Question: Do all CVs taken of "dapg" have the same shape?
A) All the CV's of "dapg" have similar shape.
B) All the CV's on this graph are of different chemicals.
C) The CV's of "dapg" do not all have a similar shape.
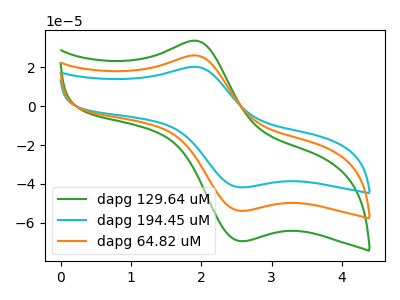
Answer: <think>The green curve "dapg 129.64 uM" has an anodic peak at (1.90V, 33.80uA) and a cathodic peak at (2.55V, -69.55uA). The cyan curve "dapg 194.45 uM" has an anodic peak at (1.90V, 52.40uA) and a cathodic peak at (2.55V, -107.90uA). The orange curve "dapg 64.82 uM" has an anodic peak at (1.90V, 26.20uA) and a cathodic peak at (2.55V, -53.95uA).
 All the peaks in "dapg 129.64 uM" have a peak in "dapg 194.45 uM" at the same potential. Every peak in "dapg 129.64 uM" is lower than every peak in "dapg 194.45 uM". All the peaks in "dapg 129.64 uM" have a peak in "dapg 64.82 uM" at the same potential. Every peak in "dapg 129.64 uM" is higher than every peak in "dapg 64.82 uM". All the peaks in "dapg 194.45 uM" have a peak in "dapg 64.82 uM" at the same potential. Every peak in "dapg 194.45 uM" is higher than every peak in "dapg 64.82 uM".</think>
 <answer>A) All the CV's of "dapg" have similar shape.</answer>
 <eval>A</eval>